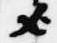
歟